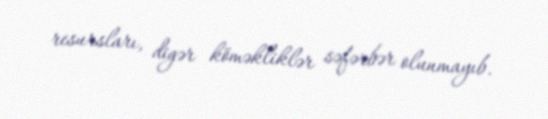
resursları, digər köməkliklər səfərbər olunmayıb.